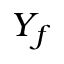
Y _ { f }